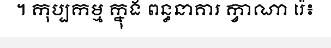
។ កុប្បកម្ម ក្នុង ពន្ធនាគារ ក្វាណា រ៉េ៖